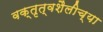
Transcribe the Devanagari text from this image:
वक्तृत्वशैलीच्या